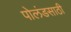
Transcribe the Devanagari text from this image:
पोलंडसाठी